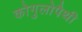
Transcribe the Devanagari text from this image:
कोगुलोपैथी